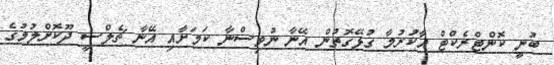
ބުނީ ކޮންޓްރެކްޓް އާކުރުމާ ގުޅޭގޮތުން އޭނާ ނުވިސްނާ ކަމަށާއި އޭނާ ޗެލްސީ ދޫކޮށްލުމުގެ